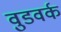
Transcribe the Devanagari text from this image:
वुडवर्क